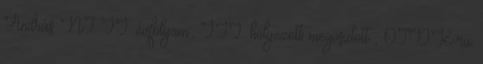
András NT II. évfolyam; III. helyezett megosztott , OTDK-ra